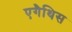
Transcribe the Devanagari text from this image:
एगैथिस